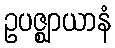
ဥပဇ္ဈာယာနံ